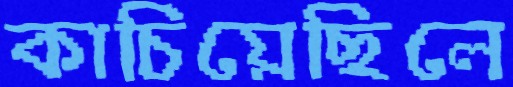
কাচিয়েছিলে